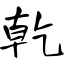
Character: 乾